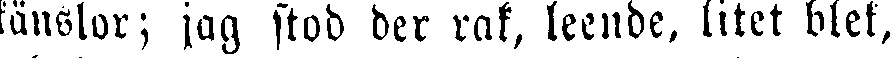
känslor; jag stod der rak, leende, litet blek,